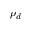
\rho _ { d }